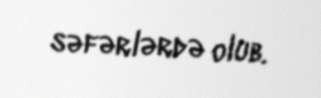
səfərlərdə olub.